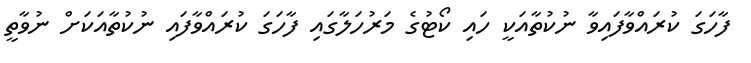
ފާހަގަ ކުރައްވާފައިވާ ނުކުތާއަކީ ހައި ކޯޓުގެ މަރުހަލާގައި ފާހަގަ ކުރައްވާފައި ނުކުތާއަކަށް ނުވާތީ